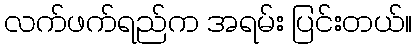
လက်ဖက်ရည်က အရမ်း ပြင်းတယ်။